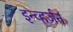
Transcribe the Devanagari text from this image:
इन्व्हर्जन